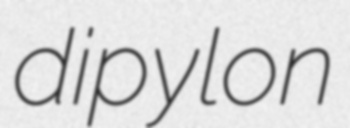
dipylon